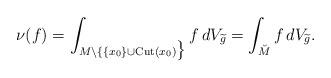
LaTeX: \begin{align*} \nu(f) = \int _{M\backslash\lbrace \{x_0\}\cup{\rm Cut}(x_0) \big \rbrace} f\, dV_{\widetilde{g}} = \int _{\breve{M}} f\, dV_{\widetilde{g}}.\end{align*}